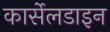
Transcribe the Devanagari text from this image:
कार्सेलडाइन